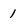
Character: 1